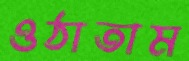
ওঠাতাম